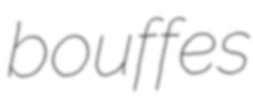
bouffes